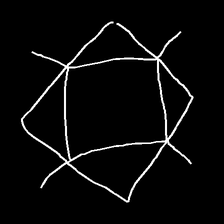
Glyph: light